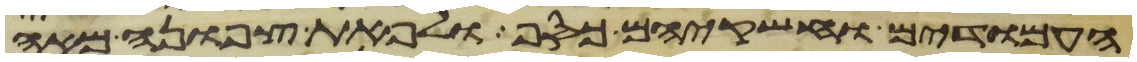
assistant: העמודים וחשקיהם כסף ולפאת צפונה מאה